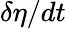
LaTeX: \delta\eta/dt